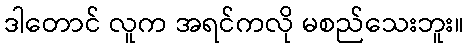
ဒါတောင် လူက အရင်ကလို မစည်သေးဘူး။